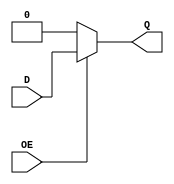
// This program was cloned from: https://github.com/steveicarus/ivtest
// License: GNU General Public License v2.0


module test(output reg Q, input wire D, input wire OE);

   always @* begin
      Q = 0;
      if (OE)
	Q = D;
   end
endmodule // test

module main;
   reg D, OE;
   wire Q;

   test dut(Q, D, OE);

   (* ivl_synthesis_off *) initial begin
      OE = 0;
      D = 0;
      #1 if (Q !== 0) begin
	 $display("FAILED -- Q=%b, D=%b, OE=%b", Q, D, OE);
	 $finish;
      end

      D = 1;
      #1 if (Q !== 0) begin
	 $display("FAILED -- Q=%b, D=%b, OE=%b", Q, D, OE);
	 $finish;
      end

      OE = 1;
      #1 if (Q !== 1) begin
	 $display("FAILED -- Q=%b, D=%b, OE=%b", Q, D, OE);
	 $finish;
      end

      $display("PASSED");
   end
endmodule // main